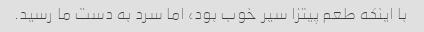
با اینکه طعم پیتزا سیر خوب بود، اما سرد به دست ما رسید.